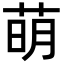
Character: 萌